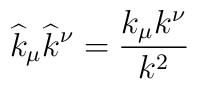
\widehat{k}_{\mu }\widehat{k}^{\nu }=\frac{k_{\mu }k^{\nu }}{k^{2}}